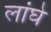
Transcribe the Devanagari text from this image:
लांघे